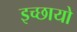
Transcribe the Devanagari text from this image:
इच्छायो